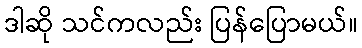
ဒါဆို သင်ကလည်း ပြန်ပြောမယ်။